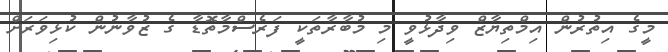
މީގެ އިތުރުން އިމްތިޔާޒް ވިދާޅުވީ މި މުބާރާތަކީ ފަރެސްމާތޮޑާ ގެ ޒުވާނުން ކުޅިވަރަށް